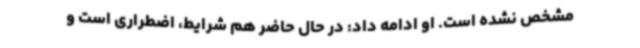
مشخص نشده است. او ادامه داد: در حال حاضر هم شرایط، اضطراری است و